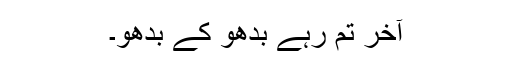
آخر تم رہے بدھو کے بدھو۔